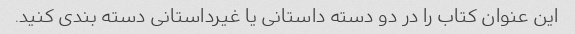
این عنوان کتاب را در دو دسته داستانی یا غیرداستانی دسته بندی کنید.